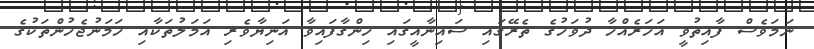
ނަމަވެސް ފާއިތުވީ އަހަރެއްހާ ދުވަހުގެ ތެރޭގައި ސައިނާއީގައި ހިންގާފައިވާ އަނިޔާވެރި އަމަލުތަކާއި ހަމަނުޖެހުންތަކުގެ